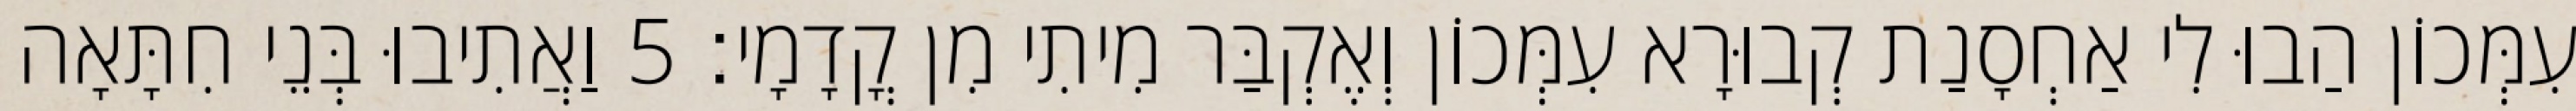
עִמְּכוֹן הַבוּ לִי אַחְסָנַת קְבוּרָא עִמְּכוֹן וְאֶקְבַּר מִיתִי מִן קֳדָמָי׃ 5 וַאֲתִיבוּ בְּנֵי חִתָּאָה